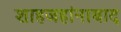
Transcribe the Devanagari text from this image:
शाहजहांनाबाद